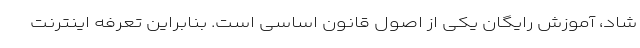
شاد، آموزش رایگان یکی از اصول قانون اساسی است. بنابراین تعرفه اینترنت